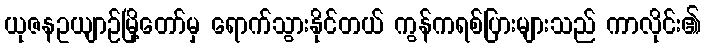
ယုဇနဥယျာဉ်မြို့တော်မှ ရောက်သွားနိုင်တယ် ကွန်ကရစ်ပြားများသည် ကာလိုင်း၏